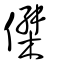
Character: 傑